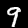
Digit: 9